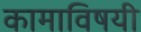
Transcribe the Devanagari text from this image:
कामाविषयी